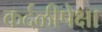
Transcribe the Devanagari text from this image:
कर्दळीपेक्षा